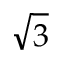
\sqrt { 3 }